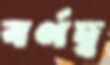
বর্ণদ্ব